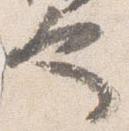
也